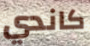
كاندي